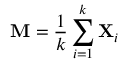
\mathbf { M } = { \frac { 1 } { k } } \sum _ { i = 1 } ^ { k } \mathbf { X } _ { i }